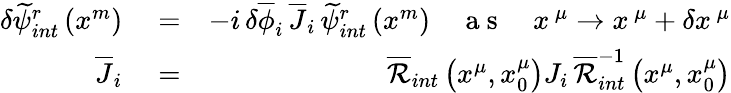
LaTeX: \begin{array}{rlr}{\delta\widetilde{\psi}_{int}^{r}\left(x^{m}\right)}&{{}=}&{-i\, \delta\overline{{\phi}}_{i}\, \overline{{J}}_{i}\, \widetilde{\psi}_{int}^{r}\left(x^{m}\right)\quad\mathrm{~a~s~}\quad x^{\, \mu}\rightarrow x^{\, \mu}+\delta x^{\, \mu}}\\ {\overline{{J}}_{i}}&{{}=}&{\overline{{\mathcal{R}}}_{int}\left(x^{\mu},x_{0}^{\mu}\right)J_{i}\, \overline{{\mathcal{R}}}_{int}^{-1}\left(x^{\mu},x_{0}^{\mu}\right)}\end{array}